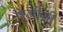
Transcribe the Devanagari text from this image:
युजीसी